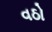
વઠો